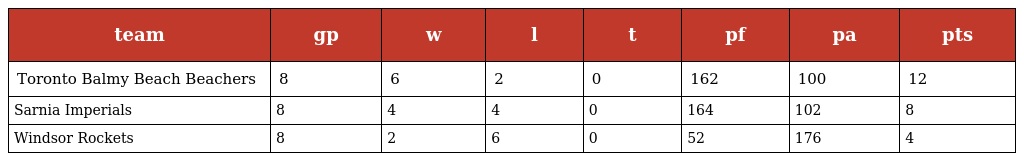
| team | gp | w | l | t | pf | pa | pts |
 | --- | --- | --- | --- | --- | --- | --- | --- |
 | Toronto Balmy Beach Beachers | 8 | 6 | 2 | 0 | 162 | 100 | 12 |
 | Sarnia Imperials | 8 | 4 | 4 | 0 | 164 | 102 | 8 |
 | Windsor Rockets | 8 | 2 | 6 | 0 | 52 | 176 | 4 |